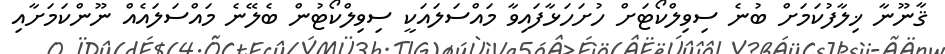
ޤާނޫނާ ޚިލާފުކަމަށް ބުނެ ސިވިލްކޯޓަށް ހުށަހަޅާފައިވާ މައްސަލައަކީ ސިވިލްކޯޓުން ބެލޭނެ މައްސަލައެއް ނޫންކަމަށާއި